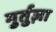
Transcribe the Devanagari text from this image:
मुर्तुज़ा